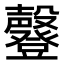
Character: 𣫤